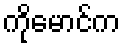
ကိုမောင်က